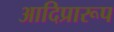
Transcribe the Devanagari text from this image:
आदिप्रारूप